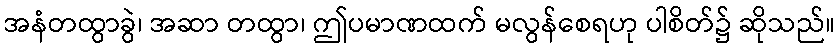
အနံတထွာခွဲ၊ အဆာ တထွာ၊ ဤပမာဏထက် မလွန်စေရဟု ပါစိတ်၌ ဆိုသည်။